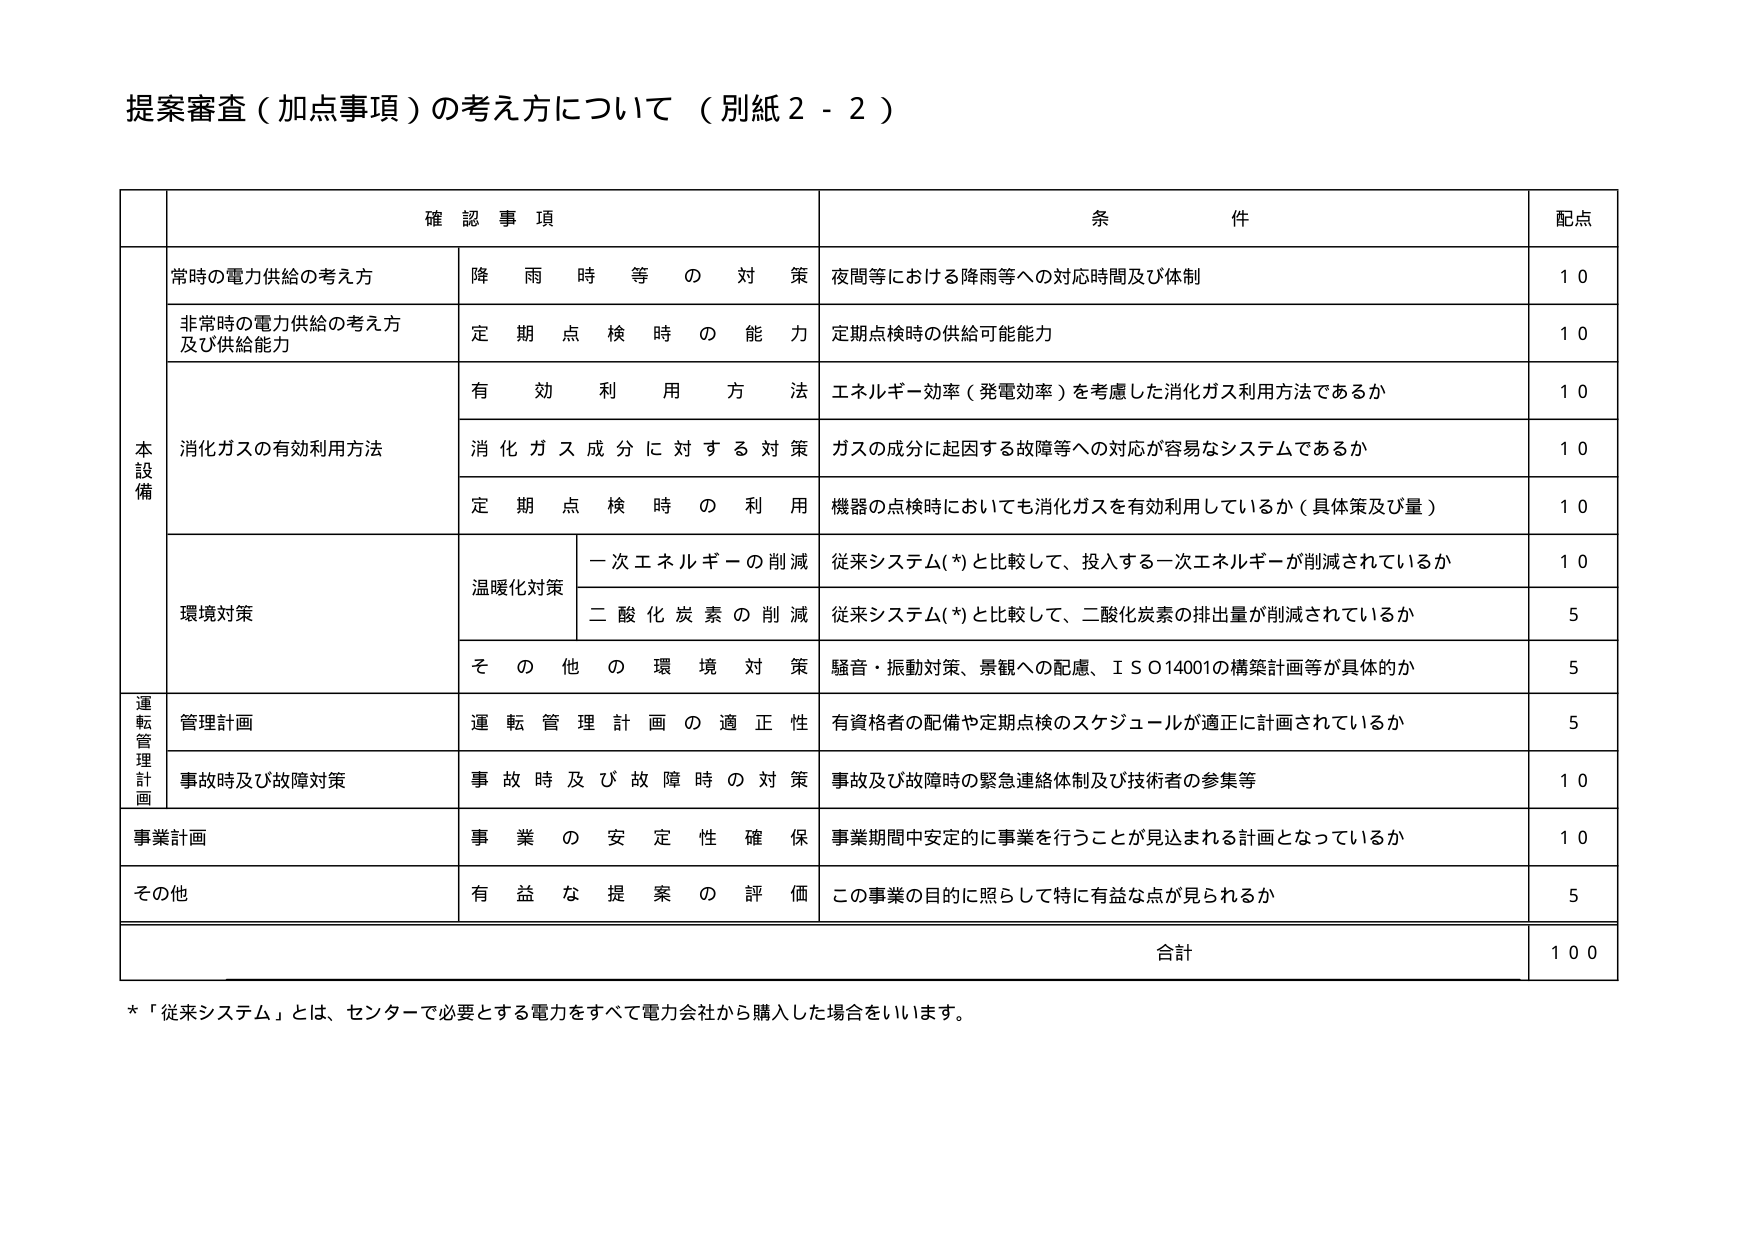
提案審査（加点事項）の考え方について（別紙２－２）

確認事項　　　　　　　　　　　　　　　　　　　　　　条件　　　　　　　　　　　　　　　　　　　　　　配点

本設備
　常時の電力供給の考え方　　　　　　　　降雨時等の対策　　　　　　　　夜間等における降雨等への対応時間及び体制　　　　　　　　１０
　非常時の電力供給の考え方　　　　　　　定期点検時の能力　　　　　　　定期点検時の供給可能能力　　　　　　　　　　　　　　　　１０
　　　　及び供給能力
　消化ガスの有効利用方法　　　　　　　　有効利用方法　　　　　　　　エネルギー効率（発電効率）を考慮した消化ガス利用方法であるか　　　１０
　　　　　　　　　　　　　　　　　　　　消化ガス成分に対する対策　　ガスの成分に起因する故障等への対応が容易なシステムであるか　　　１０
　　　　　　　　　　　　　　　　　　　　定期点検時の利用　　　　　　機器の点検時においても消化ガスを有効利用しているか（具体策及び量）　１０
　環境対策　　　　　　　　　　　　　　　温暖化対策　　　　　　　　　一次エネルギーの削減　　　　　　　従来システム(*)と比較して、投入する一次エネルギーが削減されているか　１０
　　　　　　　　　　　　　　　　　　　　　　　　　　　　　　　　　　二酸化炭素の削減　　　　　　　従来システム(*)と比較して、二酸化炭素の排出量が削減されているか　　５
　　　　　　　　　　　　　　　　　　　　その他の環境対策　　　　　　騒音・振動対策、景観への配慮、ＩＳＯ14001の構築計画等が具体的か　　　５

運転管理計画
　管理計画　　　　　　　　　　　　　　運転管理計画の適正性　　　　有資格者の配備や定期点検のスケジュールが適正に計画されているか　　　５
　事故時及び故障対策　　　　　　　　　事故時及び故障時の対策　　　事故及び故障時の緊急連絡体制及び技術者の参集等　　　　　　　　　　１０

事業計画　　　　　　　　　　　　　　　事業の安定性確保　　　　　　事業期間中安定的に事業を行うことが見込まれる計画となっているか　　　１０

その他　　　　　　　　　　　　　　　　有益な提案の評価　　　　　　この事業の目的に照らして特に有益な点が見られるか　　　　　　　　　　５

　　　　　　　　　　　　　　　　　　　　　　　　　　　　　　　　　　合計　　　　　　　　　　　　　　　　　　　　　　　　　　　　　　１００

*「従来システム」とは、センターで必要とする電力をすべて電力会社から購入した場合をいいます。